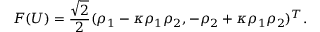
F ( U ) = \frac { \sqrt { 2 } } { 2 } ( \rho _ { 1 } - \kappa \rho _ { 1 } \rho _ { 2 } , - \rho _ { 2 } + \kappa \rho _ { 1 } \rho _ { 2 } ) ^ { T } .